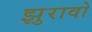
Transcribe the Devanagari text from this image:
झुरावो